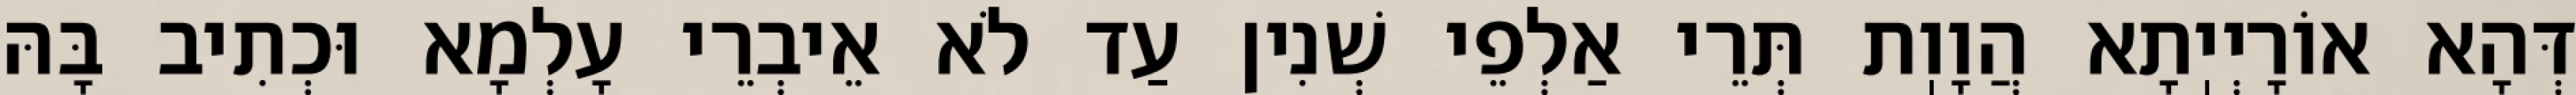
דְּהָא אוֹרָיְיֽתָא הֲוָוֽת תְּרֵי אַלְפֵי שְׁנִין עַד לֹא אֵיבְרֵי עָלְמָא וּכְתִיב בָּהּ